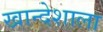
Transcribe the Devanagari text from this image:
खान्देशाला